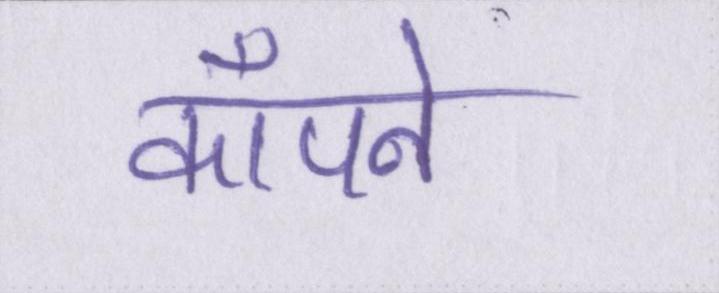
कॉँपने